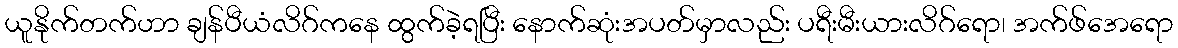
ယူနိုက်တက်ဟာ ချန်ပီယံလိဂ်ကနေ ထွက်ခဲ့ရပြီး နောက်ဆုံးအပတ်မှာလည်း ပရီးမီးယားလိဂ်ရော၊ အက်ဖ်အေရော